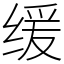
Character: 缓